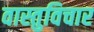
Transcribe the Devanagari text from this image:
वास्तुविचार